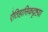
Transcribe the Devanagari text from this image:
ऐतिहासिकदृष्टय़ा